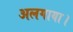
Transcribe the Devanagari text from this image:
अलगाया।